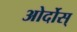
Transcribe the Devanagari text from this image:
ओर्दोस्